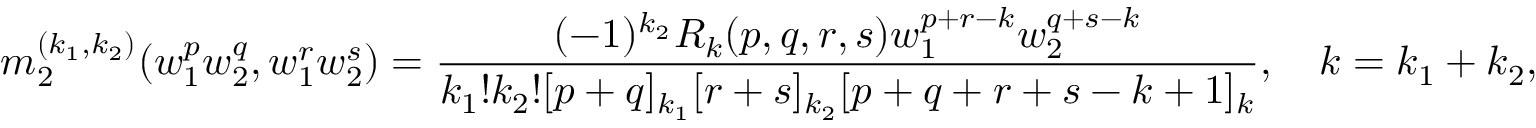
m _ { 2 } ^ { ( k _ { 1 } , k _ { 2 } ) } ( w _ { 1 } ^ { p } w _ { 2 } ^ { q } , w _ { 1 } ^ { r } w _ { 2 } ^ { s } ) = \frac { ( - 1 ) ^ { k _ { 2 } } R _ { k } ( p , q , r , s ) w _ { 1 } ^ { p + r - k } w _ { 2 } ^ { q + s - k } } { k _ { 1 } ! k _ { 2 } ! [ p + q ] _ { k _ { 1 } } [ r + s ] _ { k _ { 2 } } [ p + q + r + s - k + 1 ] _ { k } } , \quad k = k _ { 1 } + k _ { 2 } ,